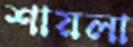
শায়লা